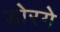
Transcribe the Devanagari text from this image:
डोरगे